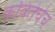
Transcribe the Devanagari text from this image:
कवितेचेच